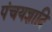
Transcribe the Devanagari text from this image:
पंचयज्ञादि